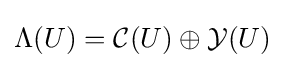
\Lambda (U)={\mathcal {C}}(U)\oplus {\mathcal {Y}}(U)